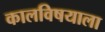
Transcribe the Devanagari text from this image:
कालविषयाला